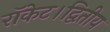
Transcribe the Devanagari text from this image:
रॉकेट।द्वितीय